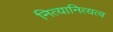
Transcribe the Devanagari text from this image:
नित्यानित्यत्व